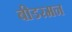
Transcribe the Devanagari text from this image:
बीडरमन